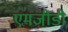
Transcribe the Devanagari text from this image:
एमजीडी